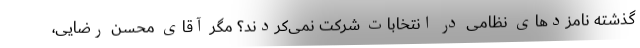
گذشته نامزدهای نظامی در انتخابات شرکت نمی‌کردند؟ مگر آقای محسن رضایی،